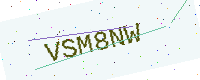
Text: VSM8NW